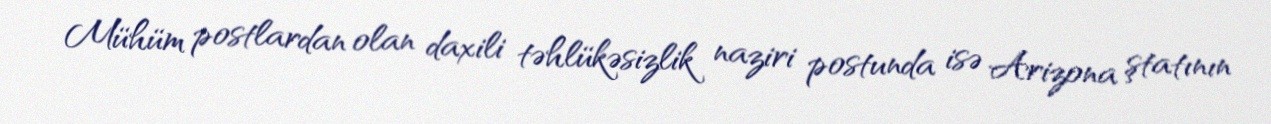
Mühüm postlardan olan daxili təhlükəsizlik naziri postunda isə Arizona ştatının